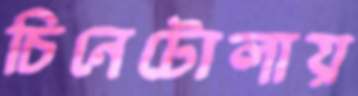
চিনেটোলায়